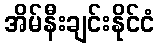
အိမ်နီးချင်းနိုင်ငံ